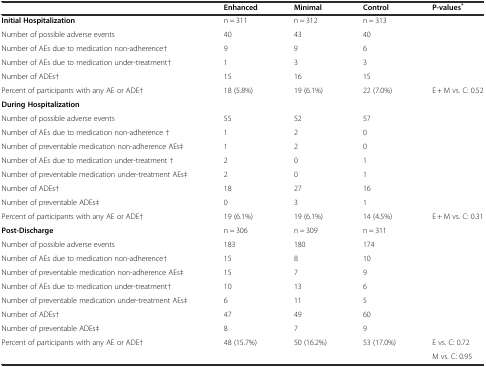
|  | Enhanced | Minimal | Control | P-values* |
 | --- | --- | --- | --- | --- |
 | Initial Hospitalization | n = 311 | n = 312 | n = 313 |  |
 | Number of possible adverse events | 40 | 43 | 40 |  |
 | Number of AEs due to medication non-adherence† | 9 | 9 | 6 |  |
 | Number of AEs due to medication under-treatment† | 1 | 3 | 3 |  |
 | Number of ADEs† | 15 | 16 | 15 |  |
 | Percent of participants with any AE or ADE† | 18 (5.8%) | 19 (6.1%) | 22 (7.0%) | E + M vs. C: 0.52 |
 | During Hospitalization |  |  |  |  |
 | Number of possible adverse events | 55 | 52 | 57 |  |
 | Number of AEs due to medication non-adherence † | 1 | 2 | 0 |  |
 | Number of preventable medication non-adherence AEs‡ | 1 | 2 | 0 |  |
 | Number of AEs due to medication under-treatment † | 2 | 0 | 1 |  |
 | Number of preventable medication under-treatment AEs‡ | 2 | 0 | 1 |  |
 | Number of ADEs† | 18 | 27 | 16 |  |
 | Number of preventable ADEs‡ | 0 | 3 | 1 |  |
 | Percent of participants with any AE or ADE† | 19 (6.1%) | 19 (6.1%) | 14 (4.5%) | E + M vs. C: 0.31 |
 | Post-Discharge | n = 306 | n = 309 | n = 311 |  |
 | Number of possible adverse events | 183 | 180 | 174 |  |
 | Number of AEs due to medication non-adherence† | 15 | 8 | 10 |  |
 | Number of preventable medication non-adherence AEs‡ | 15 | 7 | 9 |  |
 | Number of AEs due to medication under-treatment† | 10 | 13 | 6 |  |
 | Number of preventable medication under-treatment AEs‡ | 6 | 11 | 5 |  |
 | Number of ADEs† | 47 | 49 | 60 |  |
 | Number of preventable ADEs‡ | 8 | 7 | 9 |  |
 | Percent of participants with any AE or ADE† | 48 (15.7%) | 50 (16.2%) | 53 (17.0%) | E vs. C: 0.72 |
 |  |  |  |  | M vs. C: 0.95 |